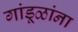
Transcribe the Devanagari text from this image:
गांडूळांना